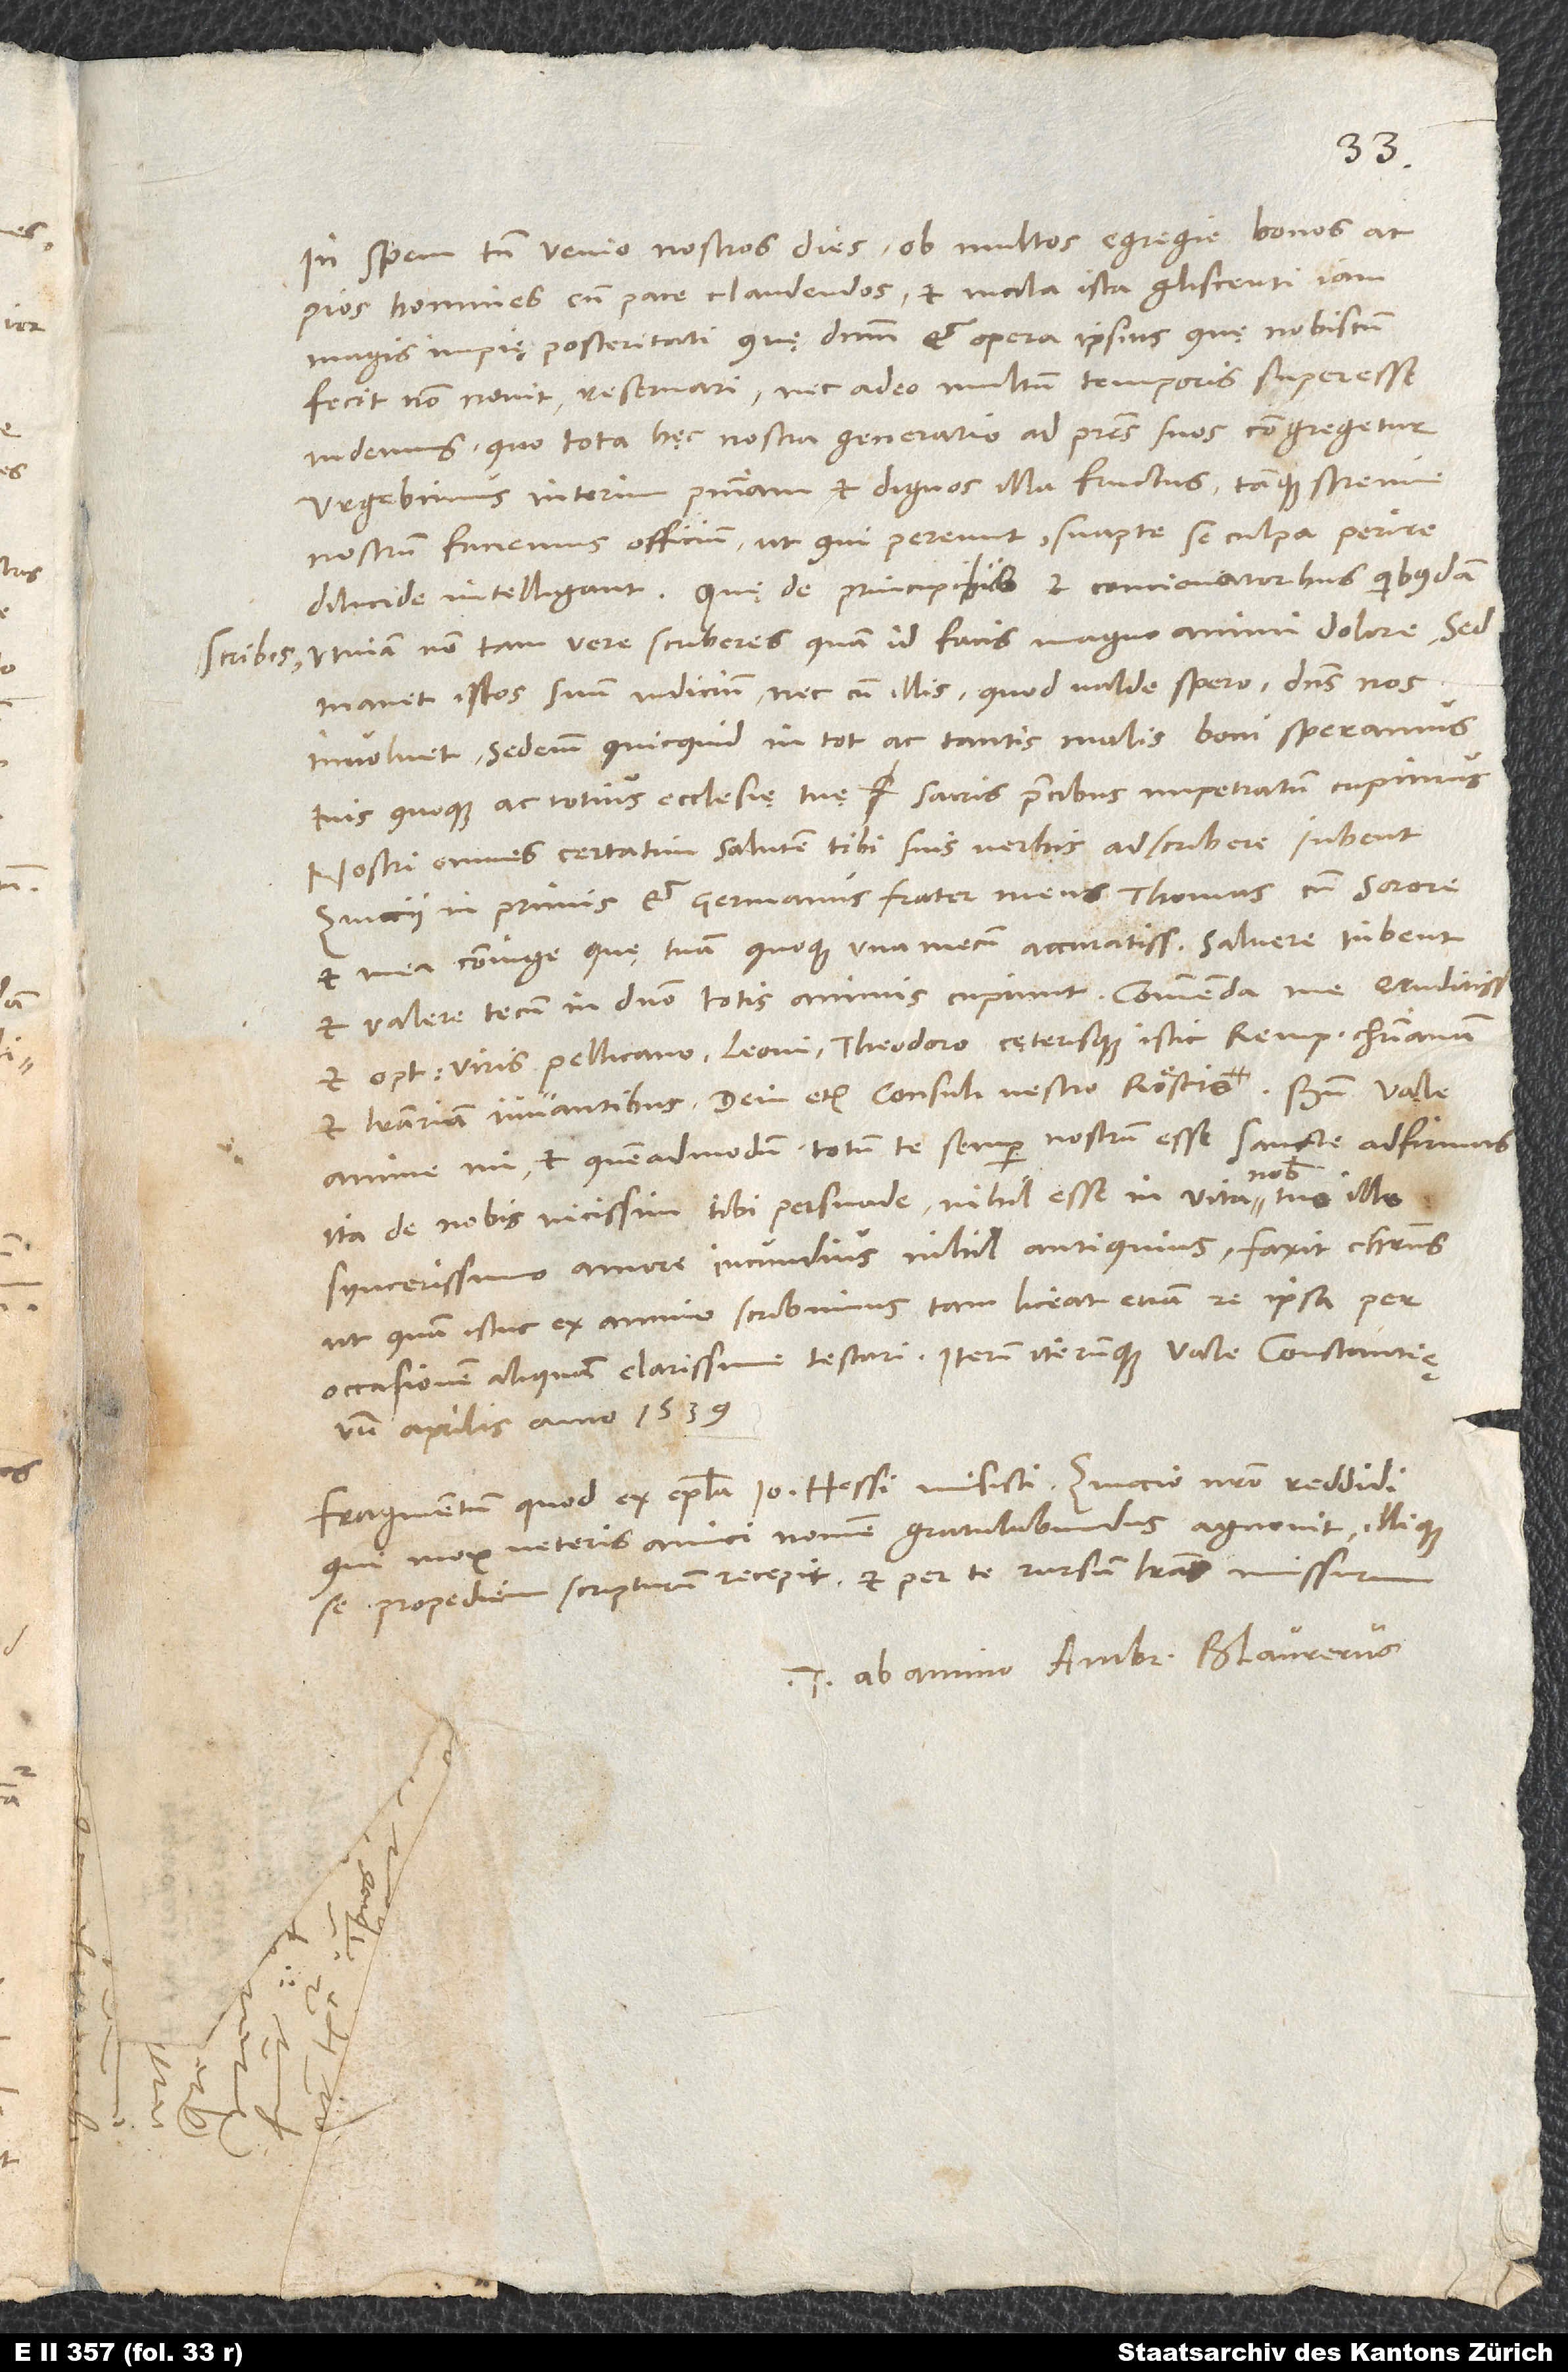
In spem tamen venio nostros dies ob multos egregie bonos ac
pios homines cum pace claudendos et mala ista gliscenti iam
magis impię posteritati, quę dominum et opera ipsius, quę nobiscum
fecit, non novit, reservari, nec adeo multum temporis superesse
videmus, quo tota hęc nostra generatio ad patres suos congregetur.
Urgebimus interim poenitentiam et dignos illa fructus tamque strenue
nostrum faciemus officium, ut, qui pereunt, suapte se culpa perire
dilucide intelligant. Quę de principibus et concionatoribus quibusdam
scribis, utinam non tam vere scriberes, quam id facis magno animi dolore. Sed
manet istos suum iudicium, nec cum illis, quod valde spero, dominus nos
involvet. Sed enim, quicquid in tot ac tantis malis boni speramus,
tuis quoque ac totius ecclesię tuę sacris precibus impetratum cupimus.
Nostri omnes certatim salutem tibi suis verbis adscribere iubent,
Zviccii inprimis et germanus frater meus Thomas cum sorore
et mea coniuge, quę tuam quoque una mecum accuratissime salvere iubent
et valere tecum in domino totis animis cupiunt. Commenda me eruditissimis
et optimis viris Pellicano, Leoni, Theodoro cęterisque istic rempublicam christianam
et literariam iuvantibus, dein etiam consuli vestro Röstio. Bene
anime mi, et quemadmodum totum te semper nostrum esse sancte adfirmas,
ita de nobis vicissim tibi persuade nihil esse in vita nobis tuo illo
syncerissimo amore iucundius, nihil antiquius. Faxit Christus,
ut, quam istuc ex animo scribimus, tam liceat etiam re ipsa per
aprilis anno 1539.
Fragmentum, quod ex epistola Ioannis Hessi misisti, Zviccio nostro reddidi,
qui mox veteris amici nomen gratulabundus agnovit illique
se propediem scripturum recepit et per te rursum literas missurum.
Tuus ab animo Ambr. Blaurerus.